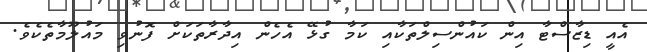
އެއީ ޑިޒާސްޓާ އިން ކައުންސިލްތަކާއި ކަމާ ގުޅޭ އެހެން އިދާރާތަކަށް ފޮނުވި މައުލޫމާތެކެވެ.